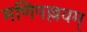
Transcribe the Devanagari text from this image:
मणिपल्लवम्